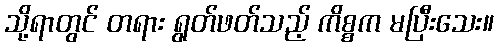
သို့ရာတွင် တရား ရွတ်ဖတ်သည့် ကိစ္စက မပြီးသေး။